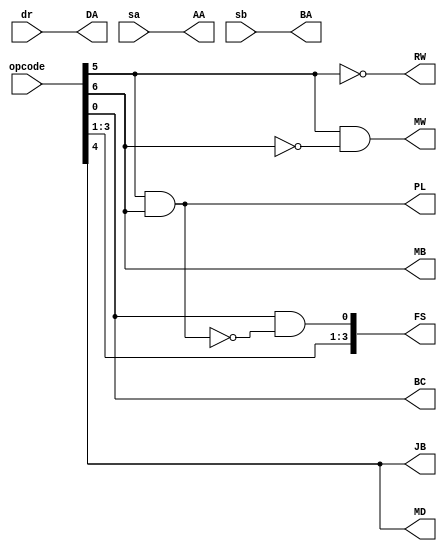
module decoder(opcode,dr,sa,sb,DA,BA,AA,MB,FS,MD,RW,MW,PL,JB,BC);
input [6:0]opcode;
input[2:0]dr,sa,sb;
output [2:0]DA,BA,AA;
output MB,MD,RW,MW,PL,JB,BC;
output [3:0]FS;
assign DA=dr;
assign BA=sb;
assign AA=sa;
assign MB=opcode[6];
assign FS={opcode[3],opcode[2],opcode[1],(opcode[0]&~(opcode[5]&opcode[6]))};
assign MD=opcode[4];
assign RW=~opcode[5];
assign MW=opcode[5]&~opcode[6];
assign PL=opcode[5]&opcode[6];
assign JB=opcode[4];
assign BC=opcode[0];
endmodule